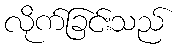
လိုက်ခြင်းသည်